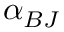
\alpha _ { B J }